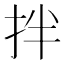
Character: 拌